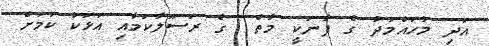
އަދި މުހައްމަދު ގެ ފާނަކީ މާތް  ގެ ރަސޫލާކަމާއި އަޅަކު ކަމަށް